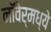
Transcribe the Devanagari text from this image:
नॉवेर्मध्ये